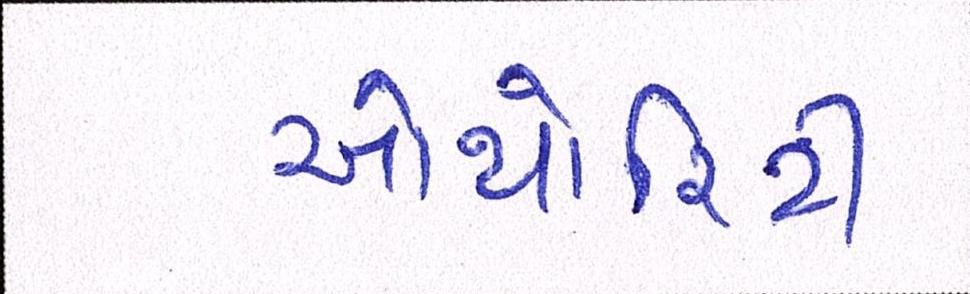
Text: ઓથોરિટી